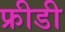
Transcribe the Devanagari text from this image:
फ्रीडी